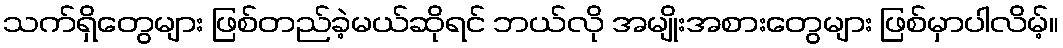
သက်ရှိတွေများ ဖြစ်တည်ခဲ့မယ်ဆိုရင် ဘယ်လို အမျိုးအစားတွေများ ဖြစ်မှာပါလိမ့်။